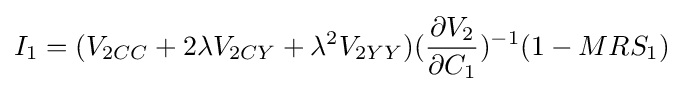
I_{1}=(V_{2CC}+2\lambda V_{2CY}+\lambda ^{2}V_{2YY})({\frac {\partial V_{2}}{\partial C_{1}}})^{-1}(1-MRS_{1})